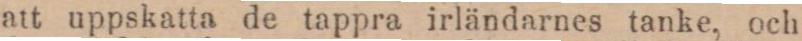
att uppskatta de tappra irländarnes tanke, och